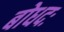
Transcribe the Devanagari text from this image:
बोधदः